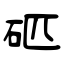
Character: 𥐵